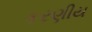
કરણીય